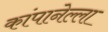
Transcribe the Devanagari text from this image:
कांपानेल्ला